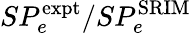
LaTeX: SP_{e}^{\mathrm{expt}}/SP_{e}^{\mathrm{SRIM}}